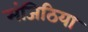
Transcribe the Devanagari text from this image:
मंजिठिया